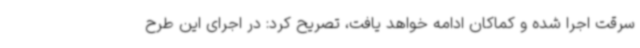
سرقت اجرا شده و کماکان ادامه خواهد یافت، تصریح کرد: در اجرای این طرح